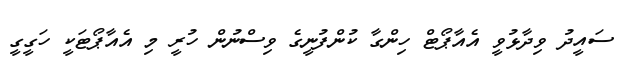
ސައީދު ވިދާޅުވީ އެއާޕޯޓް ހިންގާ ކުންފުނީގެ ވިސްނުން ހުރީ މި އެއާޕޯޓަކީ ހަގީގީ